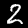
Digit: 2